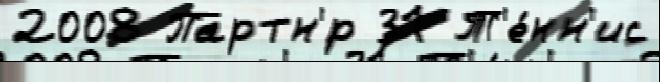
2008 Партн'́р 31 Т'е́нн'ис